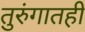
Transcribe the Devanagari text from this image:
तुरुंगातही